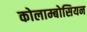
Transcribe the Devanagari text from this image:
कोलाम्बोसियन